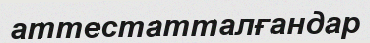
аттестатталғандар